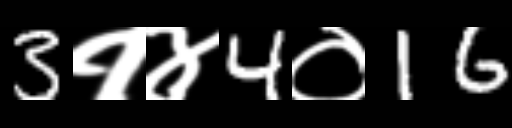
Text: 3१४4०16